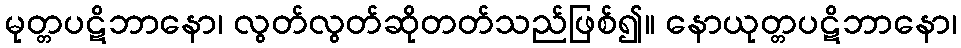
မုတ္တပဋိဘာနော၊ လွတ်လွတ်ဆိုတတ်သည်ဖြစ်၍။ နောယုတ္တပဋိဘာနော၊